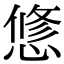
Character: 𢟅